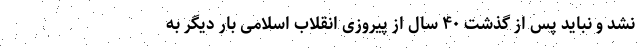
نشد و نباید پس از گذشت ۴۰ سال از پیروزی انقلاب اسلامی بار دیگر به